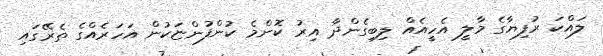
ލައްކަ ރުފިޔާގެ މާލީ އެހީއެއް ލިބިގެންދާ އިރު ކޮންމެ ކުންފުންޏަކުން އަހަރެއްގެ ތެރޭގައި